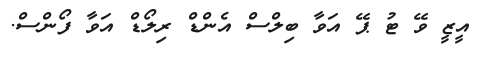
އީޒީ ވޭ ޓު ޕޭ އަވާ ބިލްސް އެންޑް ރިލޯޑް އަވާ ފޯންސް.